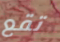
تقع